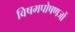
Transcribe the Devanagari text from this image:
विषमपोषणजों